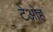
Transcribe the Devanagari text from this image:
टेओह